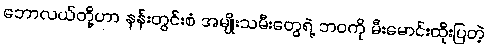
ဘောလယ်တို့ဟာ နန်းတွင်းစံ အမျိုးသမီးတွေရဲ့ ဘဝကို မီးမောင်းထိုးပြတဲ့